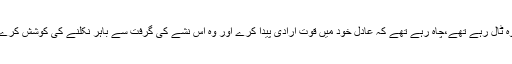
وہ ٹال رہے تھے،چاہ رہے تھے کہ عادل خود میں قوتِ اِرادی پیدا کرے اور وہ اس نشے کی گرفت سے باہر نکلنے کی کوشش کرے۔